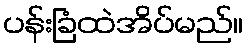
ပန်းခြံထဲအိပ်မည်။